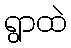
ရွာထဲ